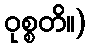
ဝုစ္စတိ။)